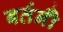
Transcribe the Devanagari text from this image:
बर्तनोँ